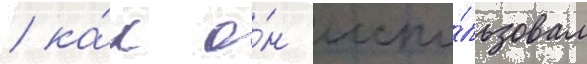
/ ка́к о́н испо́льзовал